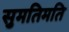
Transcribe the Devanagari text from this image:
सुमतिमति